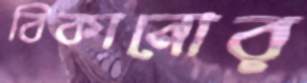
বিকানোর